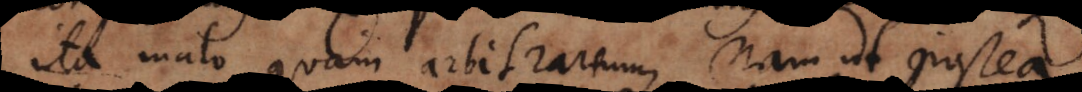
ita malo quam arbitrarium, nam ut postea